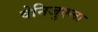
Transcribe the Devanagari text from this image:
वेनिजुएला